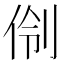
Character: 𫢣